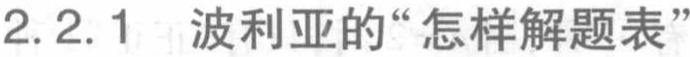
2.2.1 波利亚的“怎样解题表”